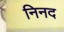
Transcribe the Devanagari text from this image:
निनद